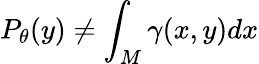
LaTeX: P_{\theta}(y)\neq\int_{M}\gamma(x,y)dx